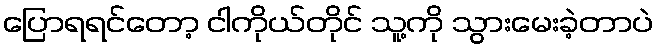
ပြောရရင်တော့ ငါကိုယ်တိုင် သူ့ကို သွားမေးခဲ့တာပဲ